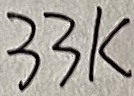
Text: 33K